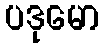
ပဒုမော